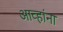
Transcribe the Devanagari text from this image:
आव्हांना